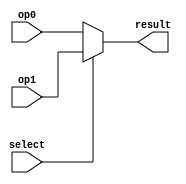
module mux2x5 (op0, op1, select, result);
input [5:0] op0, op1;
input select;
output [5:0] result;
assign result = select? op1: op0;
endmodule